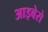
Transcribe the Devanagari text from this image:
आइबेरो